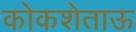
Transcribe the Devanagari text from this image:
कोकशेताऊ